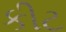
કીટ